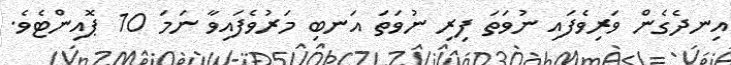
އިނދެގެން ވަރިވެފައި ނުވަތަ ފިރި ނުވަތަ އަނބި މަރުވެފައިވާ ނަމަ 10 ޕޮއިންޓެވެ.